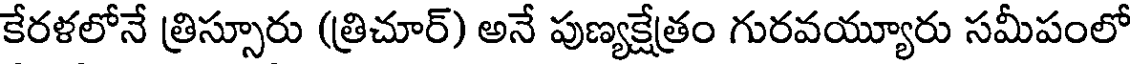
కేరళలోనే త్రిస్సూరు (త్రిచూర్) అనే పుణ్యక్షేత్రం గురవయ్యూరు సమీపంలో